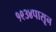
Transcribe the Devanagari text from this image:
१९३४पासून